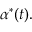
\alpha ^ { * } ( t ) .